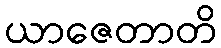
ယာဇေတာတိ